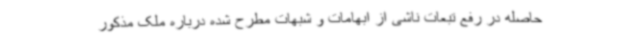
حاصله در رفع تبعات ناشی از ابهامات و شبهات مطرح شده درباره ملک مذکور